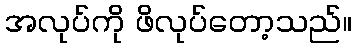
အလုပ်ကို ဖိလုပ်တော့သည်။